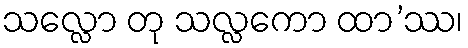
သလ္လော တု သလ္လကော ထာ’ဿ၊